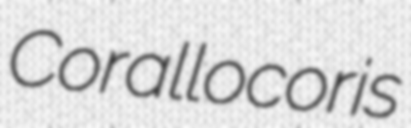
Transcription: Corallocoris